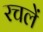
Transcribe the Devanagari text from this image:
रचलें